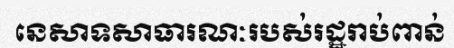
នេសាទសាធារណៈរបស់រដ្ឋរាប់ពាន់